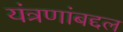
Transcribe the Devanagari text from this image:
यंत्रणांबद्दल